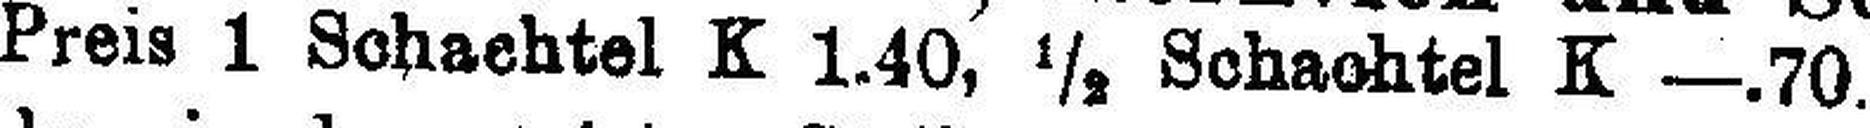
Preis 1 Schachtel K 1.40, ½ Schachtel K —.70.